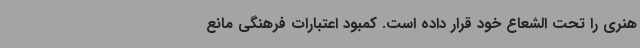
هنری را تحت الشعاع خود قرار داده است. کمبود اعتبارات فرهنگی مانع